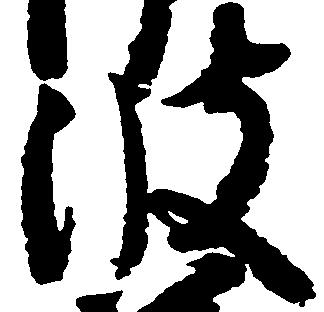
波